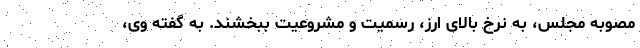
مصوبه مجلس، به نرخ بالای ارز، رسمیت و مشروعیت ببخشند. به گفته وی،